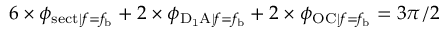
6 \times \phi _ { \mathrm { s e c t } | f = f _ { \mathrm { b } } } + 2 \times \phi _ { \mathrm { D _ { 1 } A } | f = f _ { \mathrm { b } } } + 2 \times \phi _ { \mathrm { O C } | f = f _ { \mathrm { b } } } = 3 \pi / 2